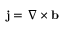
{ \mathbf { j } } = \nabla \times { \mathbf { b } }